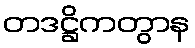
တဒဋ္ဌိကတွာန